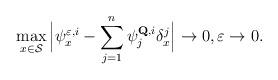
LaTeX: \begin{align*}\max_{x\in\mathcal{S}}\Big|\psi^{\varepsilon,i}_x -\sum_{j=1}^n \psi^{\mathbf{Q},i}_j \delta^j_x\Big|\rightarrow 0,\varepsilon\rightarrow 0.\end{align*}